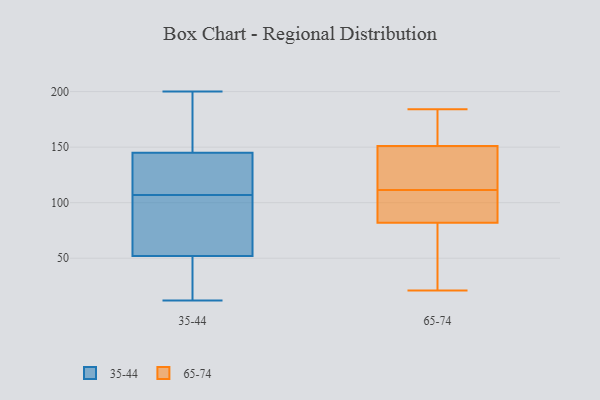
{"axis": {"x": "Bounce Rate (%)", "y": "Value"}, "legend": ["35-44", "65-74"], "data": [{"x": "", "y": 52, "type": "35-44"}, {"x": "", "y": 15, "type": "35-44"}, {"x": "", "y": 160, "type": "35-44"}, {"x": "", "y": 121, "type": "35-44"}, {"x": "", "y": 12, "type": "35-44"}, {"x": "", "y": 98, "type": "35-44"}, {"x": "", "y": 157, "type": "35-44"}, {"x": "", "y": 116, "type": "35-44"}, {"x": "", "y": 41, "type": "35-44"}, {"x": "", "y": 79, "type": "35-44"}, {"x": "", "y": 145, "type": "35-44"}, {"x": "", "y": 96, "type": "35-44"}, {"x": "", "y": 118, "type": "35-44"}, {"x": "", "y": 200, "type": "35-44"}, {"x": "", "y": 151, "type": "65-74"}, {"x": "", "y": 92, "type": "65-74"}, {"x": "", "y": 177, "type": "65-74"}, {"x": "", "y": 31, "type": "65-74"}, {"x": "", "y": 177, "type": "65-74"}, {"x": "", "y": 21, "type": "65-74"}, {"x": "", "y": 135, "type": "65-74"}, {"x": "", "y": 67, "type": "65-74"}, {"x": "", "y": 184, "type": "65-74"}, {"x": "", "y": 82, "type": "65-74"}, {"x": "", "y": 175, "type": "65-74"}, {"x": "", "y": 121, "type": "65-74"}, {"x": "", "y": 30, "type": "65-74"}, {"x": "", "y": 85, "type": "65-74"}, {"x": "", "y": 142, "type": "65-74"}, {"x": "", "y": 106, "type": "65-74"}, {"x": "", "y": 107, "type": "65-74"}, {"x": "", "y": 116, "type": "65-74"}]}